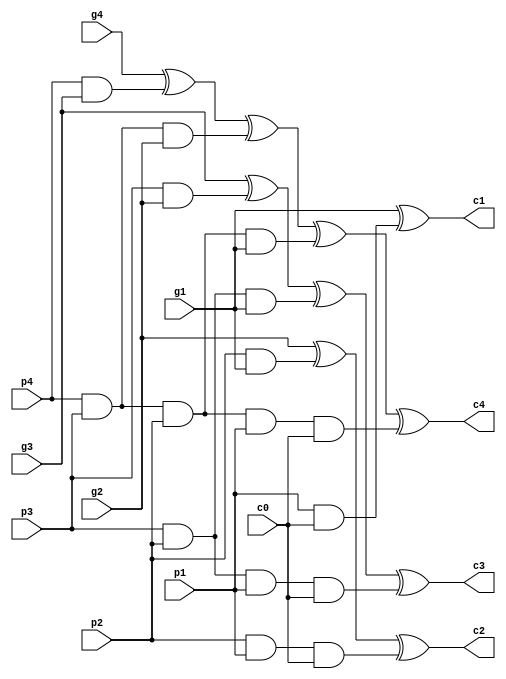
`timescale 1ns / 1ps
//////////////////////////////////////////////////////////////////////////////////
// Company: 
// Engineer: 
// 
// Design Name: 
// Module Name: CLA
// Project Name: 
// Target Devices: 
// Tool Versions: 
// Description: 
// 
// Dependencies: 
// 
// Revision:
// Revision 0.01 - File Created
// Additional Comments:
// 
//////////////////////////////////////////////////////////////////////////////////


/******************4CLA************************/
module CLA(c0,c1,c2,c3,c4,p1,p2,p3,p4,g1,g2,g3,g4);
   
	 input c0,g1,g2,g3,g4,p1,p2,p3,p4;
	 output c1,c2,c3,c4;
	 
	 assign c1 = g1 ^ (p1 & c0),
	        c2 = g2 ^ (p2 & g1) ^ (p2 & p1 & c0),
			c3 = g3 ^ (p3 & g2) ^ (p3 & p2 & g1) ^ (p3 & p2 & p1 & c0),
			c4 = g4^(p4&g3)^(p4&p3&g2)^(p4&p3&p2&g1)^(p4&p3&p2&p1&c0);
	 
endmodule